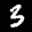
Label: 3